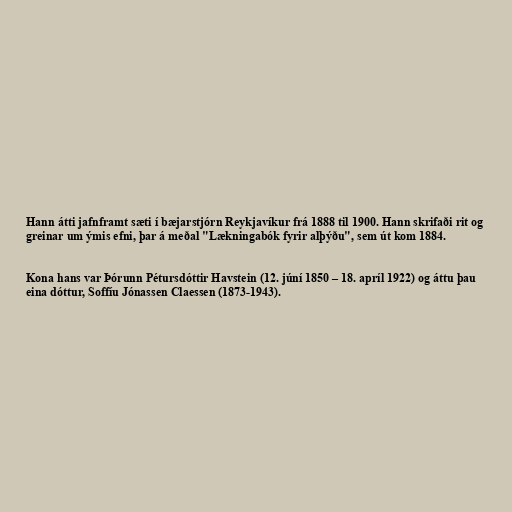
Hann átti jafnframt sæti í bæjarstjórn Reykjavíkur frá 1888 til 1900. Hann skrifaði rit og
greinar um ýmis efni, þar á meðal "Lækningabók fyrir alþýðu", sem út kom 1884.

Kona hans var Þórunn Pétursdóttir Havstein (12. júní 1850 – 18. apríl 1922) og áttu þau
eina dóttur, Soffíu Jónassen Claessen (1873-1943).